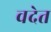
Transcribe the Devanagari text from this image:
वदेत